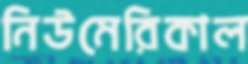
নিউমেরিকাল